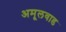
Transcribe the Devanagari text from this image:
अमूलवाड